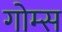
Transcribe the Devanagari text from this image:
गोम्‍स